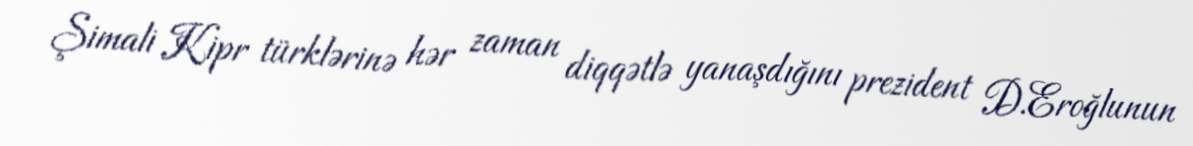
Şimali Kipr türklərinə hər zaman diqqətlə yanaşdığını prezident D.Eroğlunun